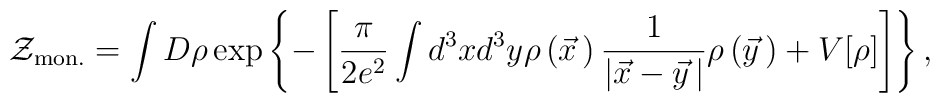
{\cal Z}_{\rm mon.}=\int D\rho \exp\left\{-\left[\frac{\pi}{2e^2}\int d^3xd^3y\rho\left(\vec x{\,}\right)\frac{1}{\left|\vec x-\vec y{\,}\right|}\rho\left(\vec y{\,}\right)+V[\rho]\right]\right\},